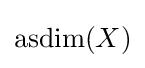
\operatorname {asdim} (X)